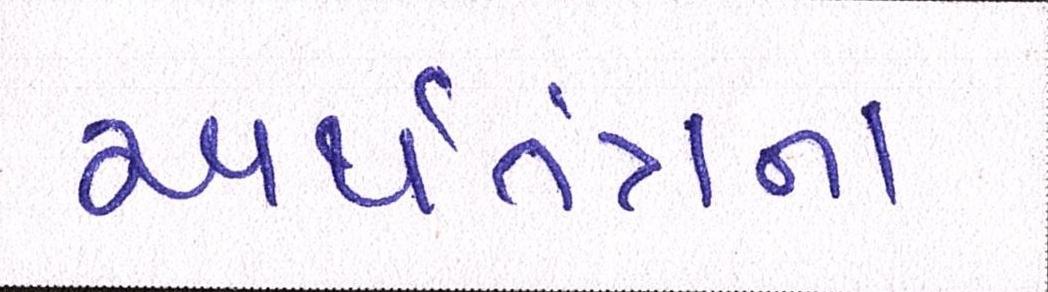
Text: અર્થતંત્રના